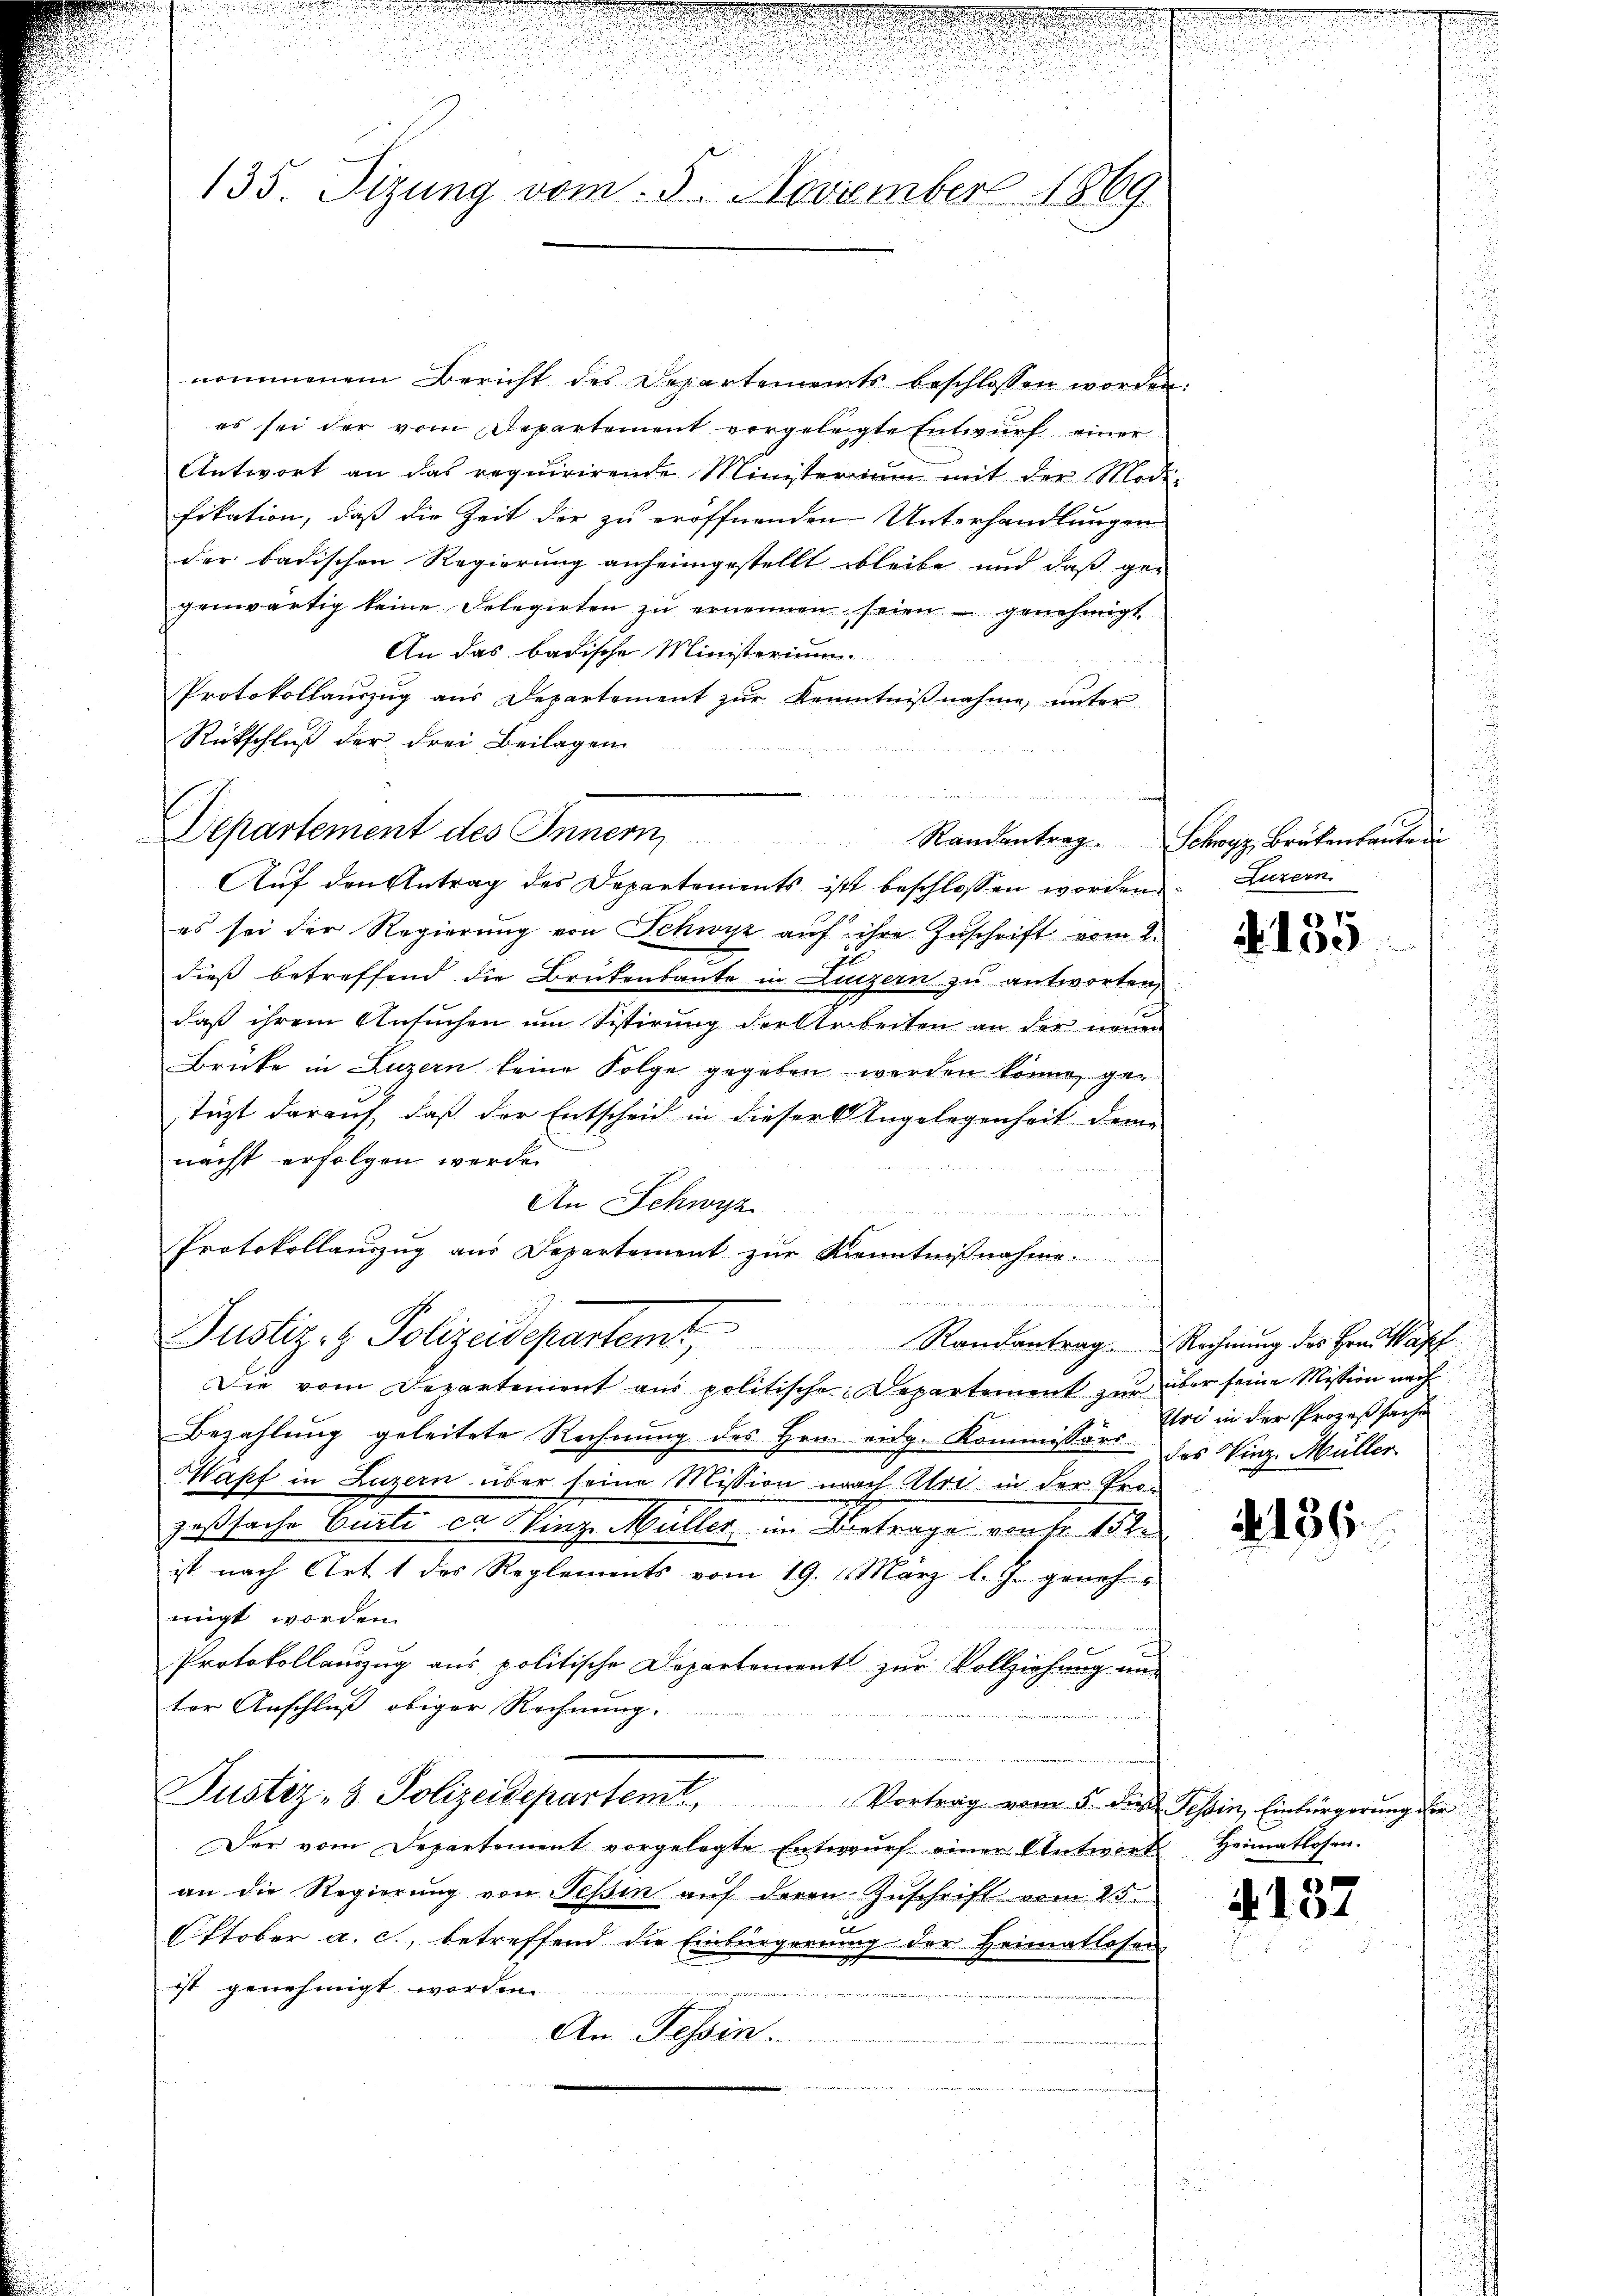
135. Sizung vom 5. November 1869.

nommenem Bericht des Departements beschlossen worden.
es sei der vom Departement vorgelegte Entwurf einer
Antwort an das requirirende Ministerriŭm mit der Modi-
fikation, daß die Zeit der zu eröffnenden Unterhandlungen
der badischen Regierung anheimgestellt bleibe und daß ge-
genwärtig keine Delegirten zu ernennen seien genehmigt
An das badische Ministerium
Protokollauszug aus Departement zur Kenntnißnahme, unter
Rückschluß der drei Beilagen
n
f

Departement des Innern,
Auf den Antrag des Departements ist beschlossen worden

.
Justiz- & Polizeidepartemt
u
Die vom Departement aus politische Departement zur über seine Mission nach

es sei der Regierung von Schwyz aŭf ihre Zuschrift vom 2.
dieß betreffend die Brükenbaute in Luzern zu antworten,
daß ihrem Ansuchen um Sistirung der Arbeiten an der neuen
Brüke in Luzern keine Folge gegeben werden könne, getezt darauf, daß der Entscheid in dieser Angelegenheit dem
nächst erfolgen werde.
            auch nach den
An Schwyz
 Fall, mit den einigen
Protokollauszug aus Departement zŭr Kenntnißnahme.
Bezahlung geleitete Rechnung des Hern eidg. Kommissärs des Vinz. Müller
Hapf in Luzern über seine Mission nach Uri in der Prozeßsache Curti ca Vinge Müller im Betrage von fr. 152.
ist nach Art 1 des Reglements vom 19. 1. März l. J. geneh-
migt worden.
Protokollauszug aus politische Departement zur Vollziehung un
ter Anschluß obiger Rechnung.
Justiz- & Polizeidepartemt, Vortrag vom 5. die Tessin, Einbürgerung die
Der vom Departement vorgelegte Entwurf einer Antwort
an die Regierŭng von Tessin aŭf deren Zuschrift vom 25.
c
Oktober a. c., betreffend die Einbürgerung der Heimatlosen
ist genehmigt worden.
An Tessin.

Randantrag. Rechnung des Hrn. Waff

Randantrag. Schwyz, Brükenbaute
Luzern.

67
4100

Uri in der Prozeßsache
u
n

o. 136.

Heimatlosen.

1
 154